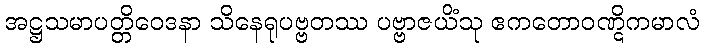
အဋ္ဌသမာပတ္တိဝေဒနာ သိနေရုပဗ္ဗတဿ ပဗ္ဗာဇယိံသု ဧကတောဝဏ္ဋိကမာလံ